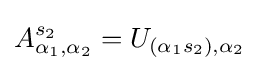
A_{\alpha _{1},\alpha _{2}}^{s_{2}}=U_{(\alpha _{1}s_{2}),\alpha _{2}}